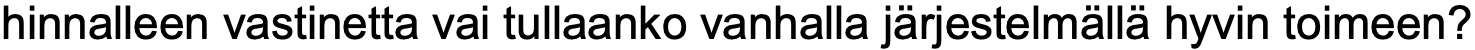
hinnalleen vastinetta vai tullaanko vanhalla järjestelmällä hyvin toimeen?